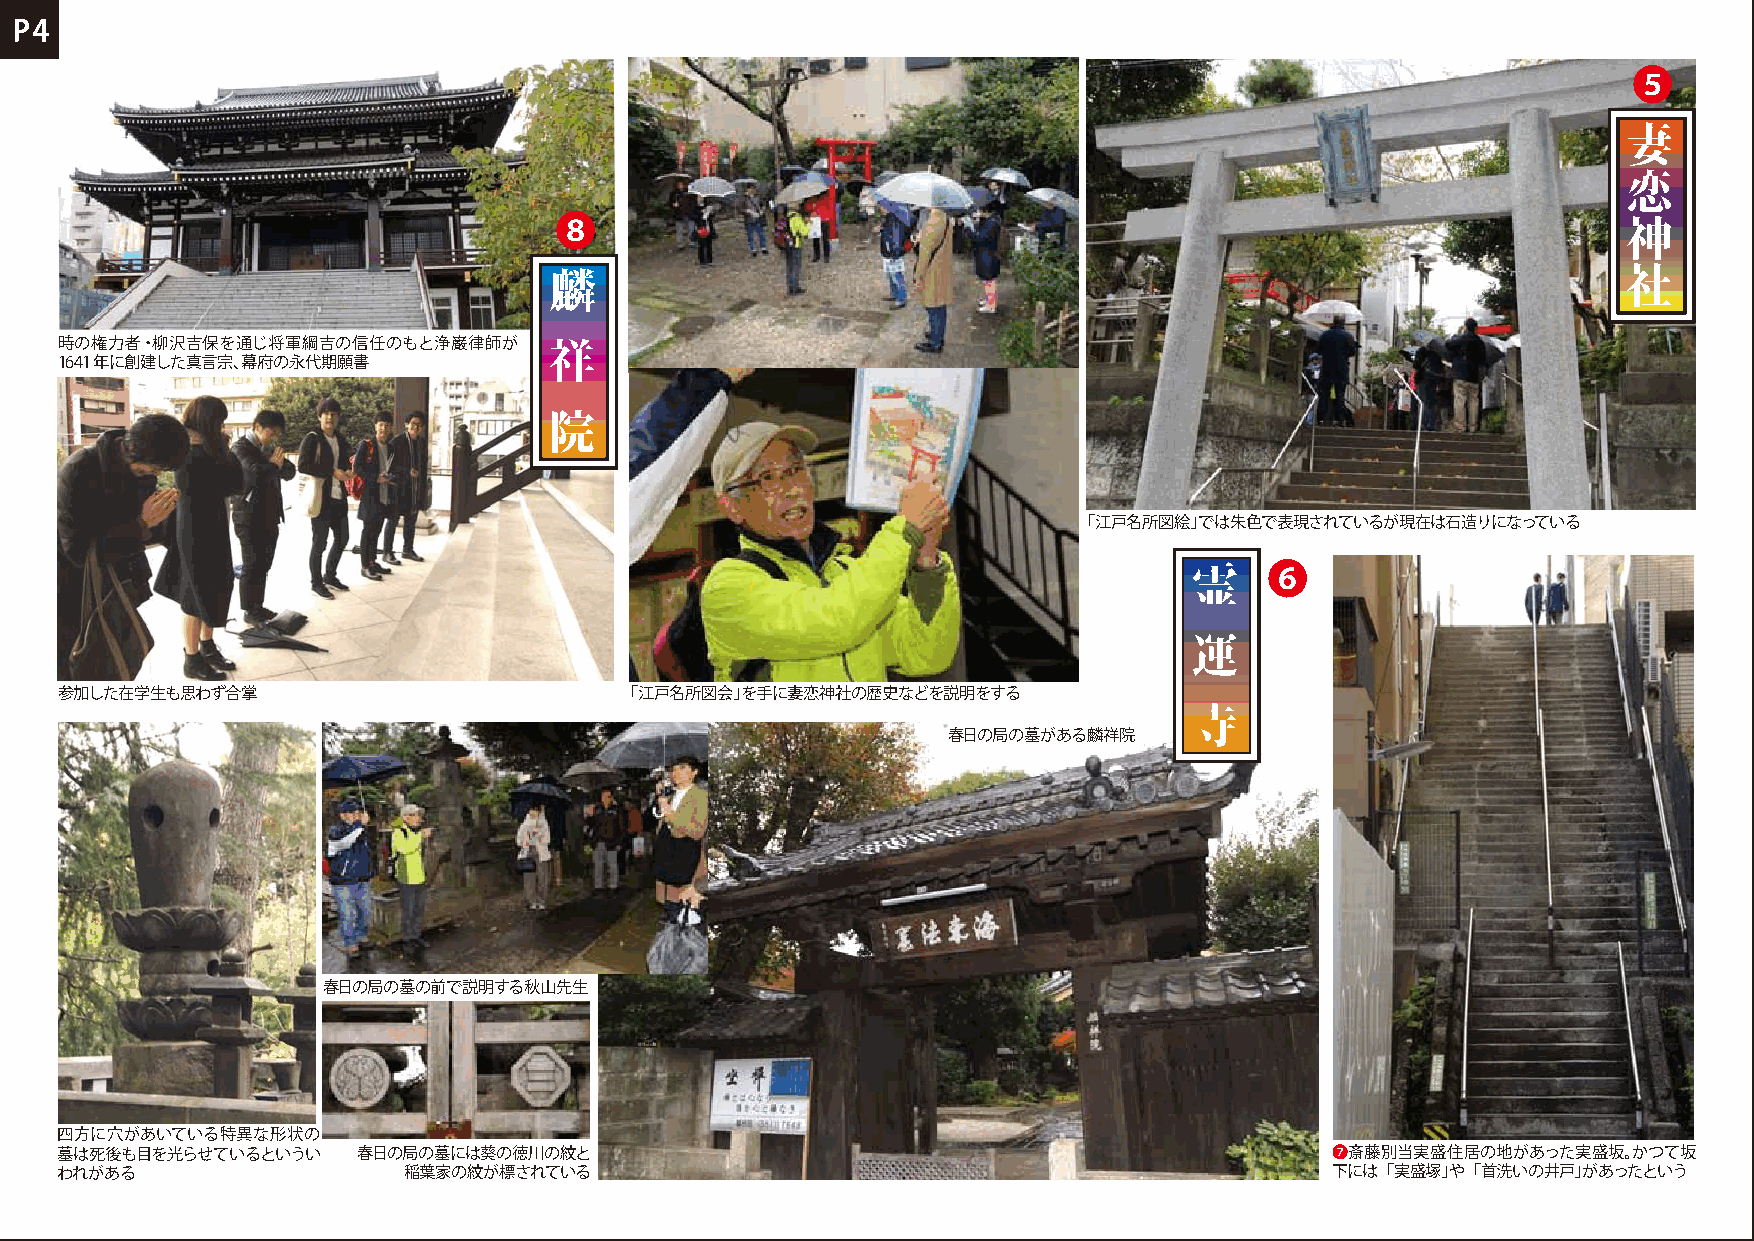
❺
 ❽
 時の権力者・柳沢吉保を通じ将軍綱吉の信任のもと浄巌律師が
 1641年に創建した真言宗、幕府の永代期願書
 「江戸名所図絵」では朱色で表現されているが現在は石造りになっている
 ❻
 参加した在学生も思わず合掌                        「江戸名所図会」を手に妻恋神社の歴史などを説明をする
 春日の局の墓がある麟祥院
 春日の局の墓の前で説明する秋山先生
 四方に穴があいている特異な形状の
 墓は死後も目を光らせているというい   春日の局の墓には葵の徳川の紋と                                                 ❼斎藤別当実盛住居の地があった実盛坂。かつて坂
 われがある                  稲葉家の紋が標されている                                                 下には「実盛塚」や「首洗いの井戸」があったという